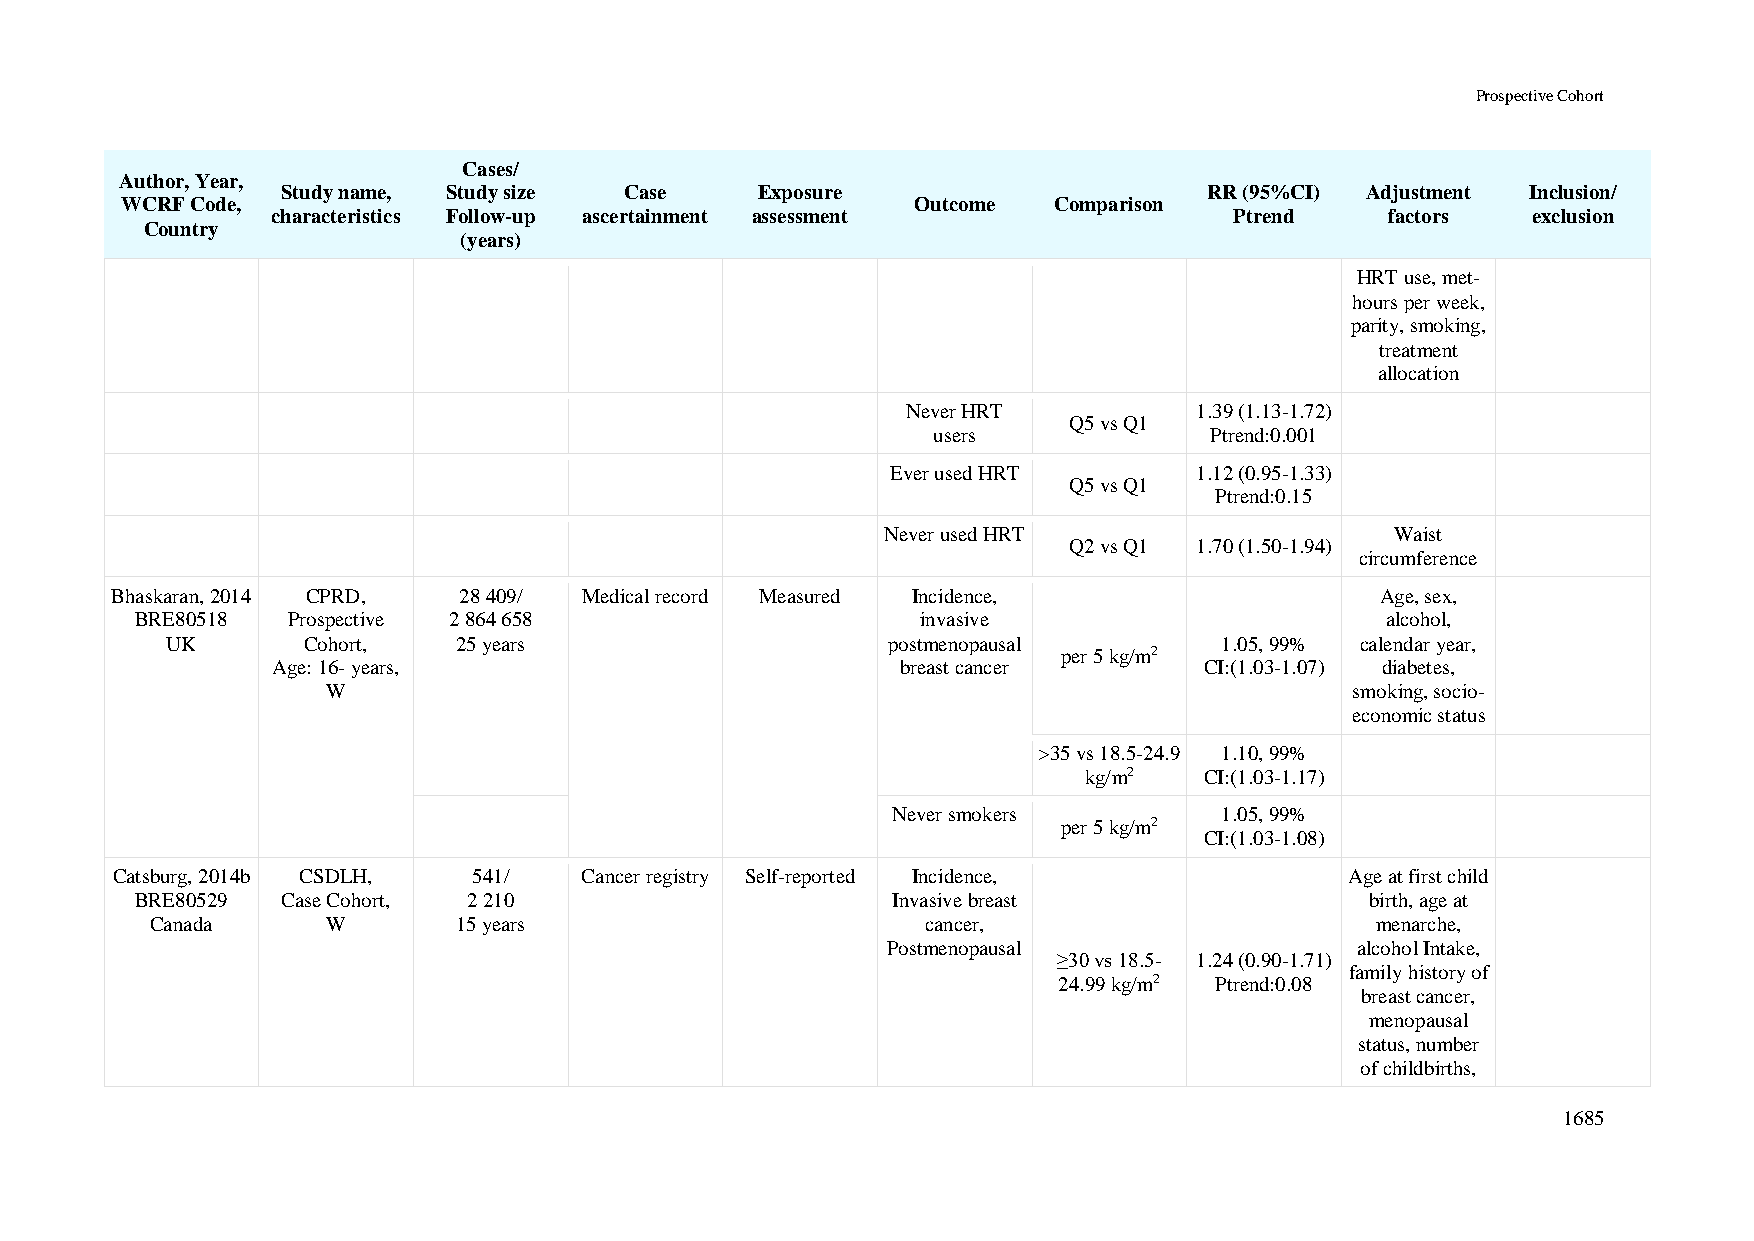
Prospective Cohort
 Cases/
 Author, Year,
 Study name, Study size Case    Exposure                      RR (95%CI) Adjustment Inclusion/
 WCRF Code,                                           Outcome  Comparison
 characteristics Follow-up ascertainment assessment              Ptrend    factors  exclusion
 Country
 (years)
 HRT use, met-
 hours per week,
 parity, smoking,
 treatment
 allocation
 Never HRT          1.39 (1.13-1.72)
 Q5 vs Q1
 users             Ptrend:0.001
 Ever used HRT       1.12 (0.95-1.33)
 Q5 vs Q1
 Ptrend:0.15
 Never used HRT                   Waist
 Q2 vs Q1 1.70 (1.50-1.94)
 circumference
 Bhaskaran, 2014 CPRD,  28 409/  Medical record Measured Incidence,                  Age, sex,
 BRE80518  Prospective 2 864 658                     invasive                       alcohol,
 UK       Cohort,   25 years                     postmenopausal        1.05, 99% calendar year,
 per 5 kg/m2
 Age: 16- years,                           breast cancer       CI:(1.03-1.07) diabetes,
 W                                                                   smoking, socio-
 economic status
 >35 vs 18.5-24.9 1.10, 99%
 kg/m2   CI:(1.03-1.17)
 Never smokers         1.05, 99%
 per 5 kg/m2
 CI:(1.03-1.08)
 Catsburg, 2014b CSDLH,  541/   Cancer registry Self-reported Incidence,           Age at first child
 BRE80529  Case Cohort, 2 210                      Invasive breast                 birth, age at
 Canada      W       15 years                       cancer,                       menarche,
 Postmenopausal                 alcohol Intake,
 ≥30 vs 18.5- 1.24 (0.90-1.71)
 family history of
 24.99 kg/m2 Ptrend:0.08
 breast cancer,
 menopausal
 status, number
 of childbirths,
 1685